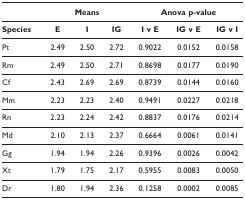
|  | <COLSPAN=3> Means | <COLSPAN=3> Anova p-value |
 | --- | --- | --- | --- | --- | --- | --- |
 | Species | E | I | IG | I v E | IG v E | IG v I |
 | Pt | 2.49 | 2.50 | 2.72 | 0.9022 | 0.0152 | 0.0158 |
 | Rm | 2.49 | 2.50 | 2.71 | 0.8698 | 0.0177 | 0.0190 |
 | Cf | 2.43 | 2.69 | 2.69 | 0.8739 | 0.0144 | 0.0160 |
 | Mm | 2.23 | 2.23 | 2.40 | 0.9491 | 0.0227 | 0.0218 |
 | Rn | 2.23 | 2.24 | 2.42 | 0.8837 | 0.0176 | 0.0214 |
 | Md | 2.10 | 2.13 | 2.37 | 0.6664 | 0.0061 | 0.0141 |
 | Gg | 1.94 | 1.94 | 2.26 | 0.9396 | 0.0026 | 0.0042 |
 | Xt | 1.79 | 1.75 | 2.17 | 0.5955 | 0.0083 | 0.0050 |
 | Dr | 1.80 | 1.94 | 2.36 | 0.1258 | 0.0002 | 0.0085 |